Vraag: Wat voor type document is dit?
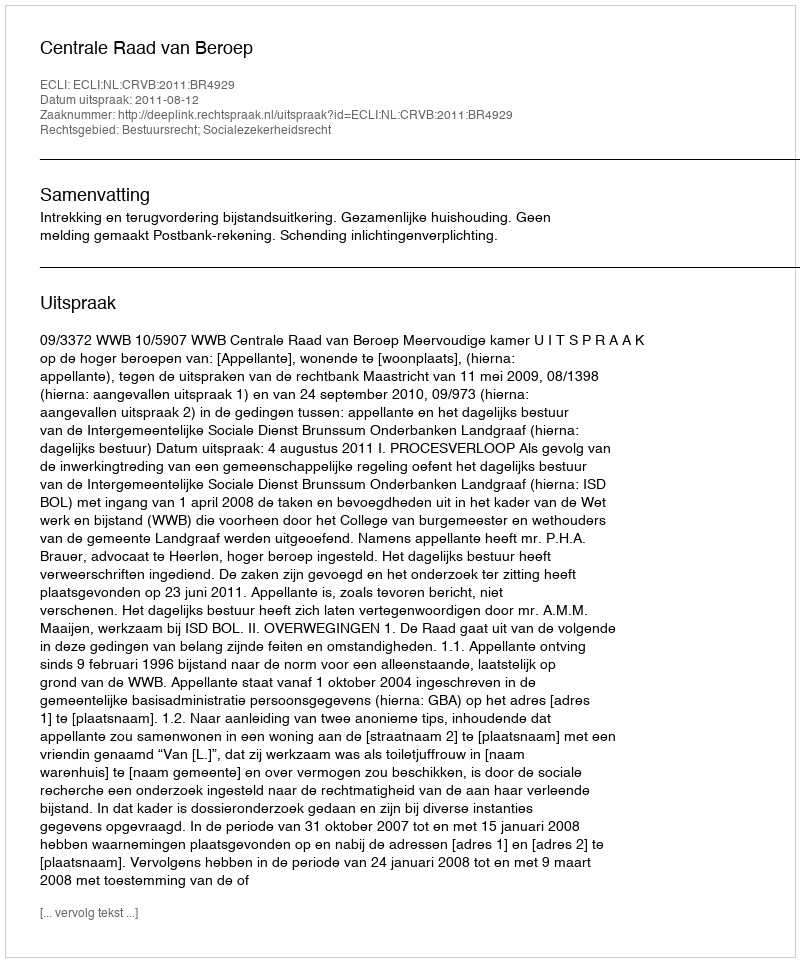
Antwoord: Uitspraak